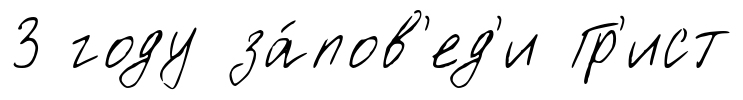
3 году за́пов'ед'и Гр'ист